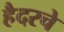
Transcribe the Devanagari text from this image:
हैदरचे